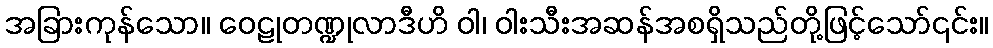
အခြားကုန်သော။ ဝေဠုတဏ္ဍုလာဒီဟိ ဝါ၊ ဝါးသီးအဆန်အစရှိသည်တို့ဖြင့်သော်၎င်း။